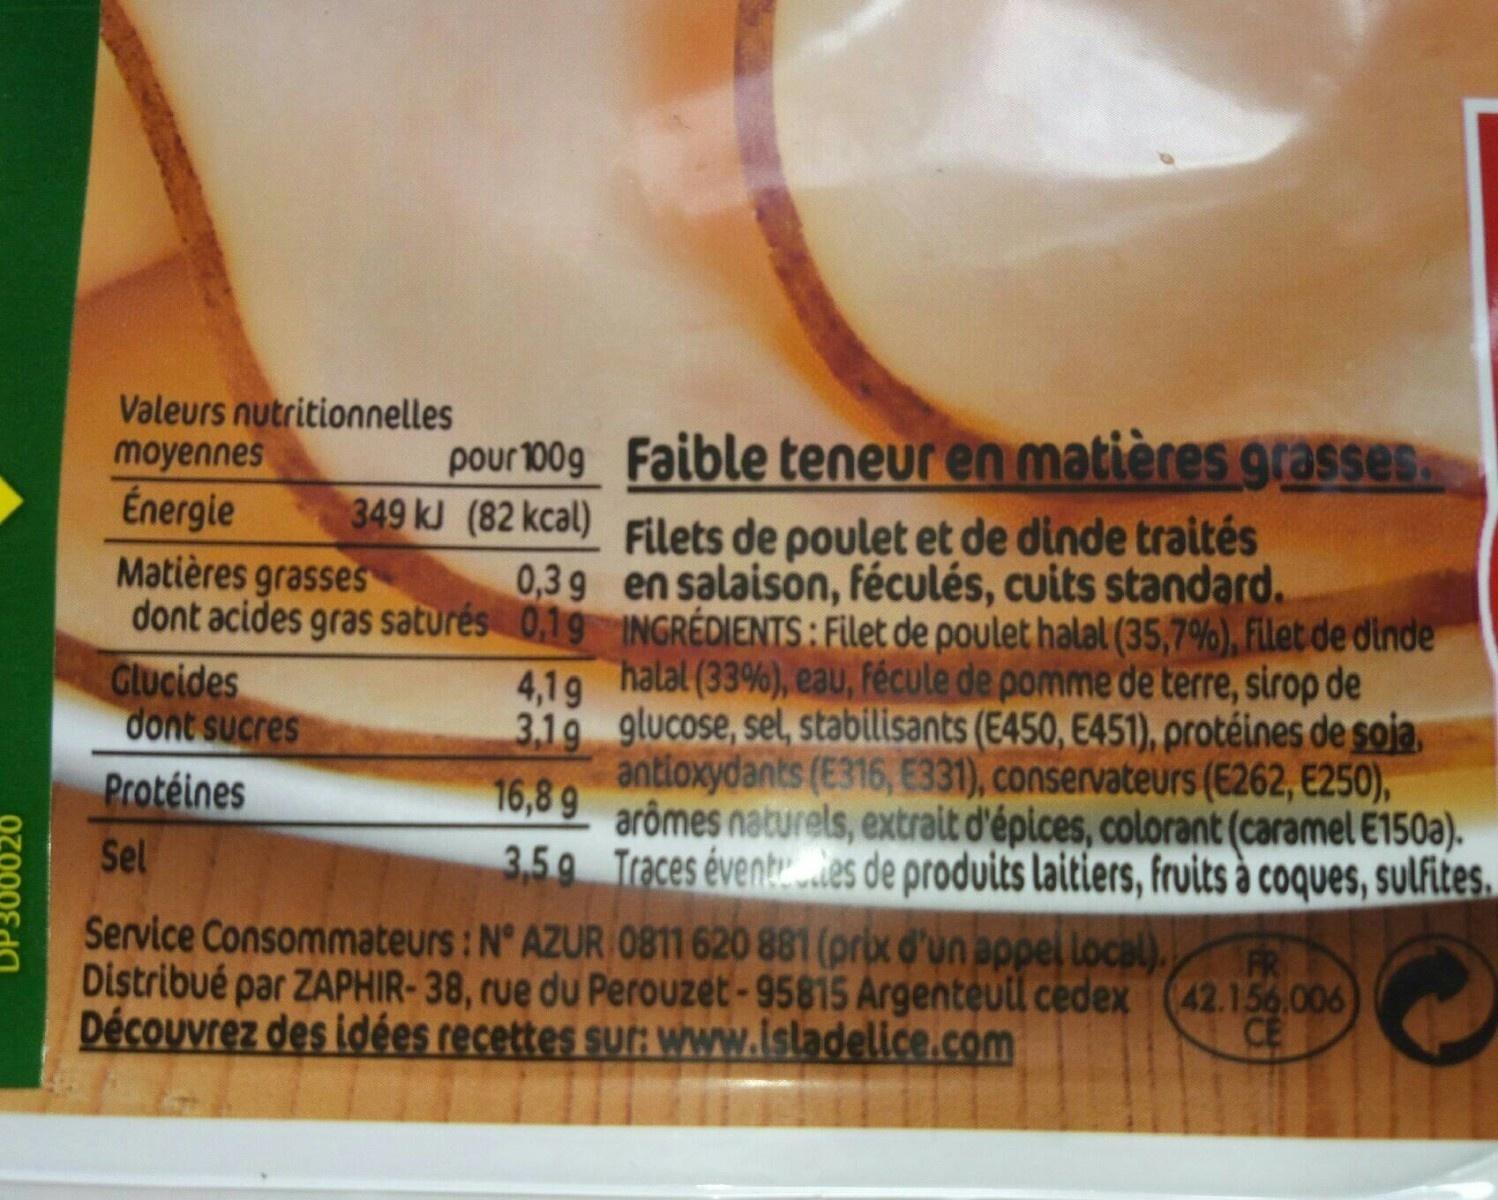
Valeurs nutritionnelles moyennes
Énergie Matières grasses
pour 100g Faible teneur en matiènres grasses. 349 kJ (82 kcal) Filets de poulet et de dinde traités 0,3 9 en salaison, féculés, cuits standard.
dont acides gras saturés 0,19 INGRÉDIENTS: Filet de poulet halal (35,7%), Filet de dinde
4,1g halal (33%), eau, fécule de pomme de terre, sirop de 3.19 glucose, sel, stabilisants (E450, E451), protéines de soja. antioxydants (E316, E331), conservateurs (E262, E250), arômes naturels, extrait d'épices, colorant (caramel E150a). 3,59 Traces éventes de produits laitiers, fruits à coques, sulfites.
Glucides dont sucres
Protéines
16,8 9
Sel
Service Consommateurs: N° AZUR O811 620 881 (prix d'un appel local).
FR
Distribué par ZAPHIR-38, rue du Perouzet-95815 Argenteuil cedex (42.156,006 CE
Découvrez des idées recettes sur: WWw.isladelice.com